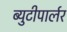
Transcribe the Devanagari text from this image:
ब्युटीपार्लर